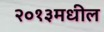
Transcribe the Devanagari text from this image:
२०१३मधील